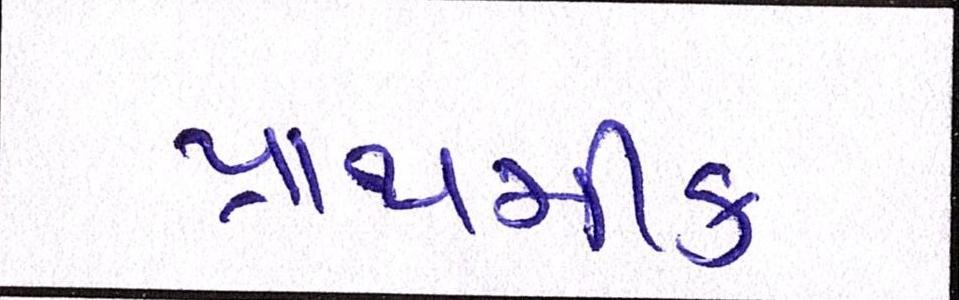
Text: પ્રાથમીક